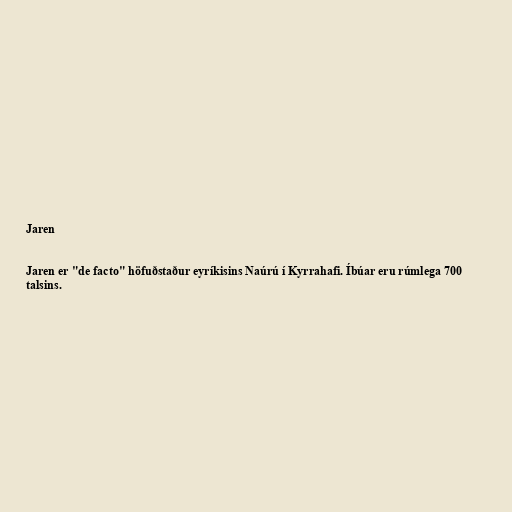
Jaren

Jaren er "de facto" höfuðstaður eyríkisins Naúrú í Kyrrahafi. Íbúar eru rúmlega 700
talsins.